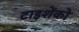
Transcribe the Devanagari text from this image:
टाइशेंको